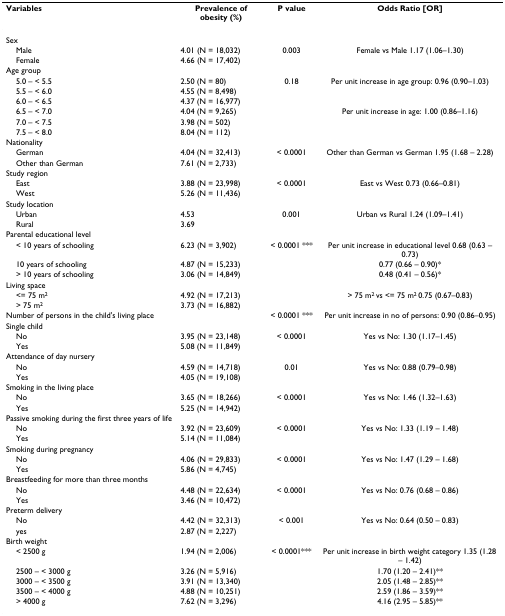
<table><thead><tr><td><b>Variables</b></td><td><b>Prevalence of obesity (%)</b></td><td><b>P value</b></td><td><b>Odds Ratio [OR]</b></td></tr></thead><tbody><tr><td>Sex</td><td></td><td></td><td></td></tr><tr><td> Male</td><td>4.01 (N = 18,032)</td><td>0.003</td><td>Female vs Male 1.17 (1.06–1.30)</td></tr><tr><td> Female</td><td>4.66 (N = 17,402)</td><td></td><td></td></tr><tr><td>Age group</td><td></td><td></td><td></td></tr><tr><td> 5.0 – &lt; 5.5</td><td>2.50 (N = 80)</td><td>0.18</td><td>Per unit increase in age group: 0.96 (0.90–1.03)</td></tr><tr><td> 5.5 – &lt; 6.0</td><td>4.55 (N = 8,498)</td><td></td><td></td></tr><tr><td> 6.0 – &lt; 6.5</td><td>4.37 (N = 16,977)</td><td></td><td></td></tr><tr><td> 6.5 – &lt; 7.0</td><td>4.04 (N = 9,265)</td><td></td><td>Per unit increase in age: 1.00 (0.86–1.16)</td></tr><tr><td> 7.0 – &lt; 7.5</td><td>3.98 (N = 502)</td><td></td><td></td></tr><tr><td> 7.5 – &lt; 8.0</td><td>8.04 (N = 112)</td><td></td><td></td></tr><tr><td>Nationality</td><td></td><td></td><td></td></tr><tr><td> German</td><td>4.04 (N = 32,413)</td><td>&lt; 0.0001</td><td>Other than German vs German 1.95 (1.68 – 2.28)</td></tr><tr><td> Other than German</td><td>7.61 (N = 2,733)</td><td></td><td></td></tr><tr><td>Study region</td><td></td><td></td><td></td></tr><tr><td> East</td><td>3.88 (N = 23,998)</td><td>&lt; 0.0001</td><td>East vs West 0.73 (0.66–0.81)</td></tr><tr><td> West</td><td>5.26 (N = 11,436)</td><td></td><td></td></tr><tr><td>Study location</td><td></td><td></td><td></td></tr><tr><td> Urban</td><td>4.53</td><td>0.001</td><td>Urban vs Rural 1.24 (1.09–1.41)</td></tr><tr><td> Rural</td><td>3.69</td><td></td><td></td></tr><tr><td>Parental educational level</td><td></td><td></td><td></td></tr><tr><td> &lt; 10 years of schooling</td><td>6.23 (N = 3,902)</td><td>&lt; 0.0001 ***</td><td>Per unit increase in educational level 0.68 (0.63 – 0.73)</td></tr><tr><td> 10 years of schooling</td><td>4.87 (N = 15,233)</td><td></td><td>0.77 (0.66 – 0.90)*</td></tr><tr><td> &gt; 10 years of schooling</td><td>3.06 (N = 14,849)</td><td></td><td>0.48 (0.41 – 0.56)*</td></tr><tr><td>Living space</td><td></td><td></td><td></td></tr><tr><td> &lt;= 75 m<sup>2</sup></td><td>4.92 (N = 17,213)</td><td></td><td>&gt; 75 m<sup>2 </sup>vs &lt;= 75 m<sup>2 </sup>0.75 (0.67–0.83)</td></tr><tr><td> &gt; 75 m<sup>2</sup></td><td>3.73 (N = 16,882)</td><td></td><td></td></tr><tr><td>Number of persons in the child&#x27;s living place</td><td></td><td>&lt; 0.0001 ***</td><td>Per unit increase in no of persons: 0.90 (0.86–0.95)</td></tr><tr><td>Single child</td><td></td><td></td><td></td></tr><tr><td> No</td><td>3.95 (N = 23,148)</td><td>&lt; 0.0001</td><td>Yes vs No: 1.30 (1.17–1.45)</td></tr><tr><td> Yes</td><td>5.08 (N = 11,849)</td><td></td><td></td></tr><tr><td>Attendance of day nursery</td><td></td><td></td><td></td></tr><tr><td> No</td><td>4.59 (N = 14,718)</td><td>0.01</td><td>Yes vs No: 0.88 (0.79–0.98)</td></tr><tr><td> Yes</td><td>4.05 (N = 19,108)</td><td></td><td></td></tr><tr><td>Smoking in the living place</td><td></td><td></td><td></td></tr><tr><td> No</td><td>3.65 (N = 18,266)</td><td>&lt; 0.0001</td><td>Yes vs No: 1.46 (1.32–1.63)</td></tr><tr><td> Yes</td><td>5.25 (N = 14,942)</td><td></td><td></td></tr><tr><td>Passive smoking during the first three years of life</td><td></td><td></td><td></td></tr><tr><td> No</td><td>3.92 (N = 23,609)</td><td>&lt; 0.0001</td><td>Yes vs No: 1.33 (1.19 – 1.48)</td></tr><tr><td> Yes</td><td>5.14 (N = 11,084)</td><td></td><td></td></tr><tr><td>Smoking during pregnancy</td><td></td><td></td><td></td></tr><tr><td> No</td><td>4.06 (N = 29,833)</td><td>&lt; 0.0001</td><td>Yes vs No: 1.47 (1.29 – 1.68)</td></tr><tr><td> Yes</td><td>5.86 (N = 4,745)</td><td></td><td></td></tr><tr><td>Breastfeeding for more than three months</td><td></td><td></td><td></td></tr><tr><td> No</td><td>4.48 (N = 22,634)</td><td>&lt; 0.0001</td><td>Yes vs No: 0.76 (0.68 – 0.86)</td></tr><tr><td> Yes</td><td>3.46 (N = 10,472)</td><td></td><td></td></tr><tr><td>Preterm delivery</td><td></td><td></td><td></td></tr><tr><td> No</td><td>4.42 (N = 32,313)</td><td>&lt; 0.001</td><td>Yes vs No: 0.64 (0.50 – 0.83)</td></tr><tr><td> yes</td><td>2.87 (N = 2,227)</td><td></td><td></td></tr><tr><td>Birth weight</td><td></td><td></td><td></td></tr><tr><td> &lt; 2500 g</td><td>1.94 (N = 2,006)</td><td>&lt; 0.0001***</td><td>Per unit increase in birth weight category 1.35 (1.28 – 1.42)</td></tr><tr><td> 2500 – &lt; 3000 g</td><td>3.26 (N = 5,916)</td><td></td><td>1.70 (1.20 – 2.41)**</td></tr><tr><td> 3000 – &lt; 3500 g</td><td>3.91 (N = 13,340)</td><td></td><td>2.05 (1.48 – 2.85)**</td></tr><tr><td> 3500 – &lt; 4000 g</td><td>4.88 (N = 10,251)</td><td></td><td>2.59 (1.86 – 3.59)**</td></tr><tr><td> &gt; 4000 g</td><td>7.62 (N = 3,296)</td><td></td><td>4.16 (2.95 – 5.85)**</td></tr></tbody></table>